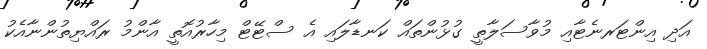
އަދި އިންޓަރނެޓާއި މުވާސަލާތީ ގުޅުންތައް ކަނޑާލައި އެ ސްޓޭޓް މިހާރުއޮތީ އާންމު ރައްޔިތުންނާއެކު